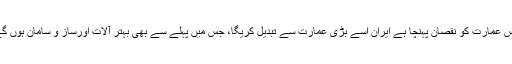
جس عمارت کو نقصان پہنچا ہے ایران اسے بڑی عمارت سے تبدیل کریگا، جس میں پہلے سے بھی بہتر آلات اورساز و سامان ہوں گے۔